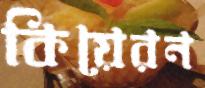
কিয়েরন